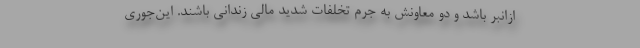
ازانبر باشد و دو معاونش به جرم تخلفات شدید مالی زندانی باشند. این‌جوری